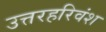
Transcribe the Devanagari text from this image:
उत्तरहरिवंश